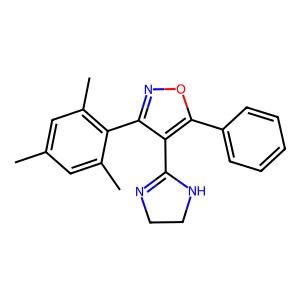
SMILES: Cc1cc(C)c(-c2noc(-c3ccccc3)c2C2=NCCN2)c(C)c1
Inhibits HIV replication: No